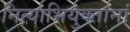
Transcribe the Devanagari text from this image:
नित्याभियुक्तानां